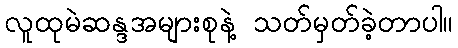
လူထုမဲဆန္ဒအများစုနဲ့ သတ်မှတ်ခဲ့တာပါ။